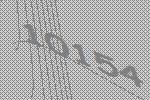
10154